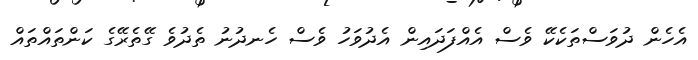
އެހެން ދުވަސްތަކެކޭ ވެސް އެއްފަދައިން އެދުވަހު ވެސް ހެނދުނު ތެދުވެ ގޭތެރޭގެ ކަންތައްތައް